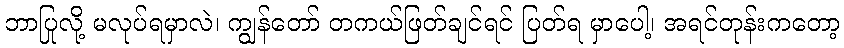
ဘာပြုလို့ မလုပ်ရမှာလဲ၊ ကျွန်တော် တကယ်ဖြတ်ချင်ရင် ပြတ်ရ မှာပေါ့၊ အရင်တုန်းကတော့